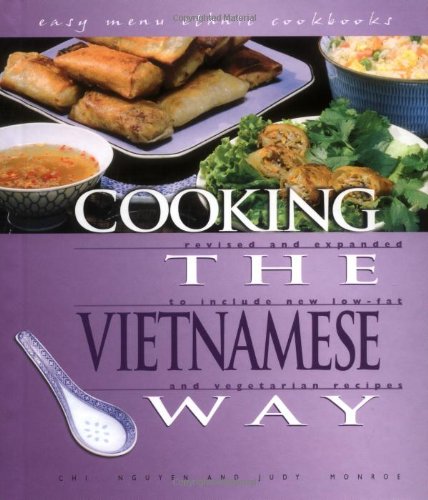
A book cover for Cooking the Vietnamese Way (Easy Menu Ethnic Cookbooks); Chi Nguyen; Cookbooks, Food & Wine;